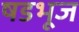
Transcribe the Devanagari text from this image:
षडभूज